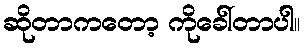
ဆိုတာကတော့ ကိုခေါ်တာပါ။